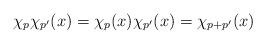
LaTeX: \begin{align*}\chi_p\chi_{p'}(x)=\chi_p(x)\chi_{p'}(x)=\chi_{p+p'}(x)\end{align*}